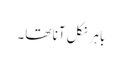
باہر نکل آنا تھا۔